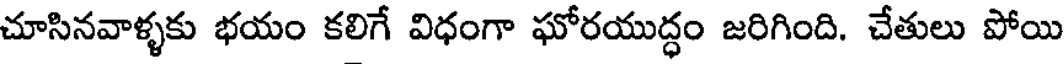
చూసినవాళ్ళకు భయం కలిగే విధంగా ఘోరయుద్ధం జరిగింది. చేతులు పోయి